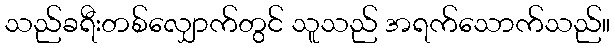
သည်ခရီးတစ်လျှောက်တွင် သူသည် အရက်သောက်သည်။